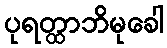
ပုရတ္ထာဘိမုခေါ